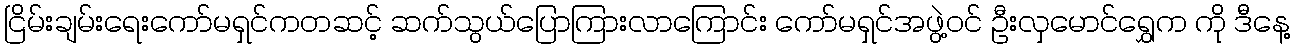
ငြိမ်းချမ်းရေးကော်မရှင်ကတဆင့် ဆက်သွယ်ပြောကြားလာကြောင်း ကော်မရှင်အဖွဲ့ဝင် ဦးလှမောင်ရွှေက ကို ဒီနေ့